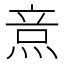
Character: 𤉿